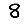
Digit: 8